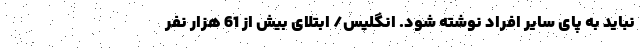
نباید به پای سایر افراد نوشته شود. انگلیس/ ابتلای بیش از 61 هزار نفر